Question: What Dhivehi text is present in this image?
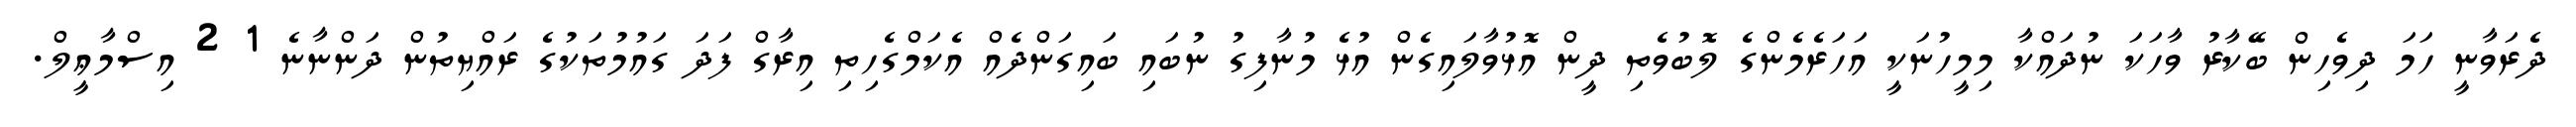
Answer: ދެރަވާނީ ހަމަ ދިވެހިން ބޭކާރު ވާހަކަ ނުދައްކާ މިމީހުނަކީ އަހަރެމެންގެ ލޮބުވެތި ދީން އޮޅުވާލައިގެން އުޅެ މުނާފިގު ނުބައި ބައިގަންދެއް އެކަމްގެހިތި އިރާގް ފަދަ ގައުމުތަކުގެ ރައްޔިތުން ދަންނާނެ 1 2 އިސްމާޢީލް.